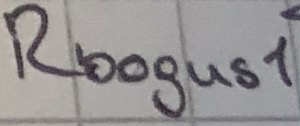
Text: Rbogus1